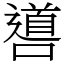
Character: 噵